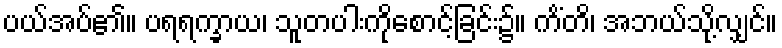
ပယ်အပ်၏။ ပရရက္ခာယ၊ သူတပါးကိုစောင့်ခြင်း၌။ ကိံတိ၊ အဘယ်သို့လျှင်။